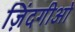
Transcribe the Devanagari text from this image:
ज़िंदगीओ